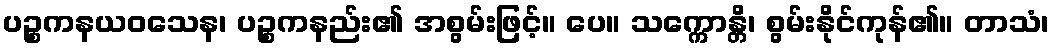
ပဉ္စကနယဝသေန၊ ပဉ္စကနည်း၏ အစွမ်းဖြင့်။ ပေ။ သက္ကောန္တိ၊ စွမ်းနိုင်ကုန်၏။ တာသံ၊